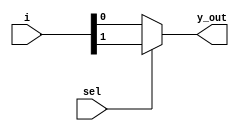
`timescale 1ns / 1ps

module mux_2_1(
    input [1:0] i,
    input sel,
    output y_out    
    );
    assign y_out= sel ? i[1] : i[0];
endmodule


module mux_4_1(
    input [3:0] i,
    input [1:0]select,
    output y_out
    );
    wire [1:0]w;
    
    mux_2_1 m1(i[1:0], select[0], w[0]);
    mux_2_1 m2(i[3:2], select[0], w[1]);
    mux_2_1 m3(w, select[1], y_out);
endmodule


 module mux_8_1(
    input [7:0] i,
    input [2:0]select,
    output y_out
    );
    wire [1:0]w;
    
    mux_4_1 m1(i[3:0], select[1:0], w[0]);
    mux_4_1 m2(i[7:4], select[1:0], w[1]);
    mux_2_1 m3(w, select[2], y_out);
  endmodule     


////////////////////////////////////////////////////

module barrel_shifter(
    input [7:0] data,
    input [2:0] amt,
    output [7:0] out
    );

    mux_8_1 m0(data, amt, out[0]);
    mux_8_1 m1({data[0], data[7:1]}, amt, out[1]);
    mux_8_1 m2({data[1:0], data[7:2]}, amt, out[2]);
    mux_8_1 m3({data[2:0], data[7:3]}, amt, out[3]);
    mux_8_1 m4({data[3:0], data[7:4]}, amt, out[4]);
    mux_8_1 m5({data[4:0], data[7:5]}, amt, out[5]);
    mux_8_1 m6({data[5:0], data[7:6]}, amt, out[6]);
    mux_8_1 m7({data[6:0], data[7]}, amt, out[7]);
    
endmodule